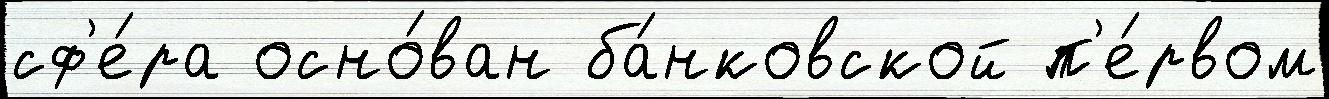
сф'е́ра осно́ван ба́нковской п'е́рвом